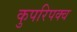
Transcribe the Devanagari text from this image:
कुपरिपक्व